Lunatic asylums Madras 1892-1911 - 1892-1911
Year: 1892
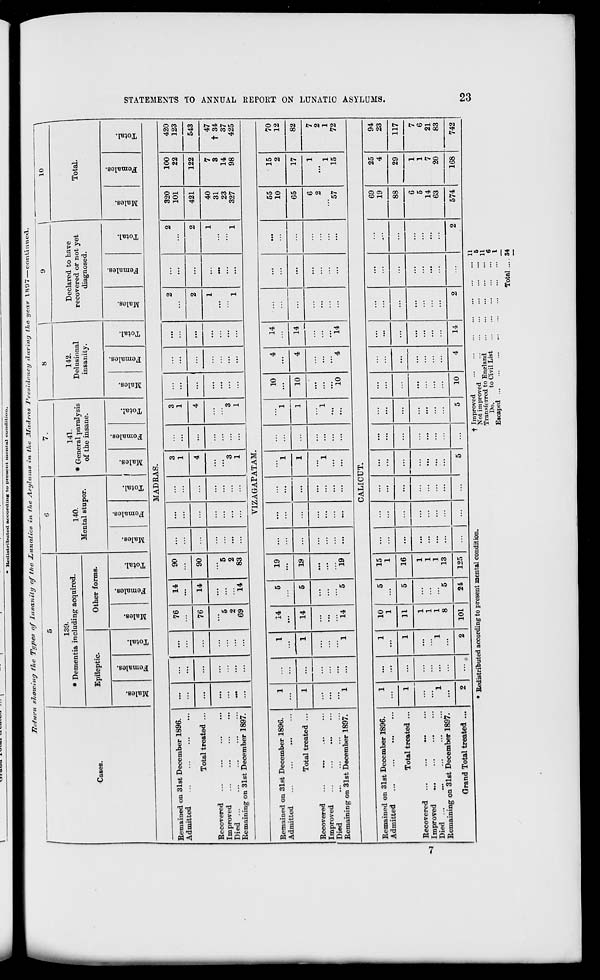
V* *-**.!««. x wi.n , » ,.n
... ,
ICedistrjputed accoraing to present incntu] condition.
Ueturn showing the Types of Insanity of t/ie JLunatics in the Asylums in the Jtladrns Presidency during lite yenr \HO~7 continued.
8
1
9
Cases.
139.
* Dementia including acquired.
Epileptic.
DO
"5
CO
V
«a
S
o
fa
C3
o
Other forms.
w
o
3
00
a>
■a
B
fa
o
140.
Mental stupor.
ED
"3
3
09
O
"3
S o
fa
(3
+=>
o
H
7.
141.
* General paraJysis
of the insane.
m
CD
"a
O
s
o
fa
e3
o
EH
10
142.
Delusional
insanity.
03
O
"3
EC
CD
fa
o
Declared to have
recovered or not yet
diagnosed.
to
3
m
O
-3
S
to
fa
O
Total.
m
3
m
CO
3
B
o
fa
o
W
s
!2i
H
OS
O
>
a
w
H
o
Pi
H
O
53
!>
i—i
a
f
MADRAS.
Remained on 31st December 1896.
Admitted
...
Total treated ...
Recovered
Improved
Died
Remaining on 31st December 1897.
76
76
5
2
69
14
14
14
90
90
5
2
83
320
101
421
40
31
23
327
100
22
122
7
3
14
98
VIZAGAPATAM.
420
123
543
47
t 34
37
425
Remained on 31st December 1896.
Admitted
Total treated ...
Recovered
Improved
Died
Remaining on 31st December 1897.
1
...
1
14
5
19
...
...
:.:
l
l
...
l
l
10
4
14
1
1
14
5
19
...
...
10
4
14
...
...
...
...
...
...
...
...
...
...
...
...
...
l
...
l
...
...
...
1
...
1
14
5
19
...
...
...
...
...
...
"io
4
14
55
10
65
6
2
'57
15
2
17
1
1
15
70
12
82
7
2
1
72
CALICUT.
1
1
10
5
15
69
25
94
...
...
1
...
1
...
...
...
...
...
...
...
...
...
...
...
19
4
23
1
...
1
11
5
16
...
...
...
...
...
...
...
...
...
...
...
88
29
117
...
1
1
...
...
...
6
1
7
1
1
...
...
5
1
6
1
1
1
1
.,
...
14
7
21
...
...
8
5
13
...
...
...
...
...
...
...
...
...
63
20
83
2
2
101
24
125
...
...
5
...
5
10
4
14
2
...
2
574
168
742
Remained on 31st December 1896.
Admitted
Total treated ...
Recovered ...
...
...
Improved
Died ...
Remaining on 31st December 1897.
Grand Total treated ...
* Redistributed according to present mental condition.
t Improved
Not improved
Transferred to England
Do.
to Civil List
Escaped
Total
11
5
11
6
1
34
to
CO